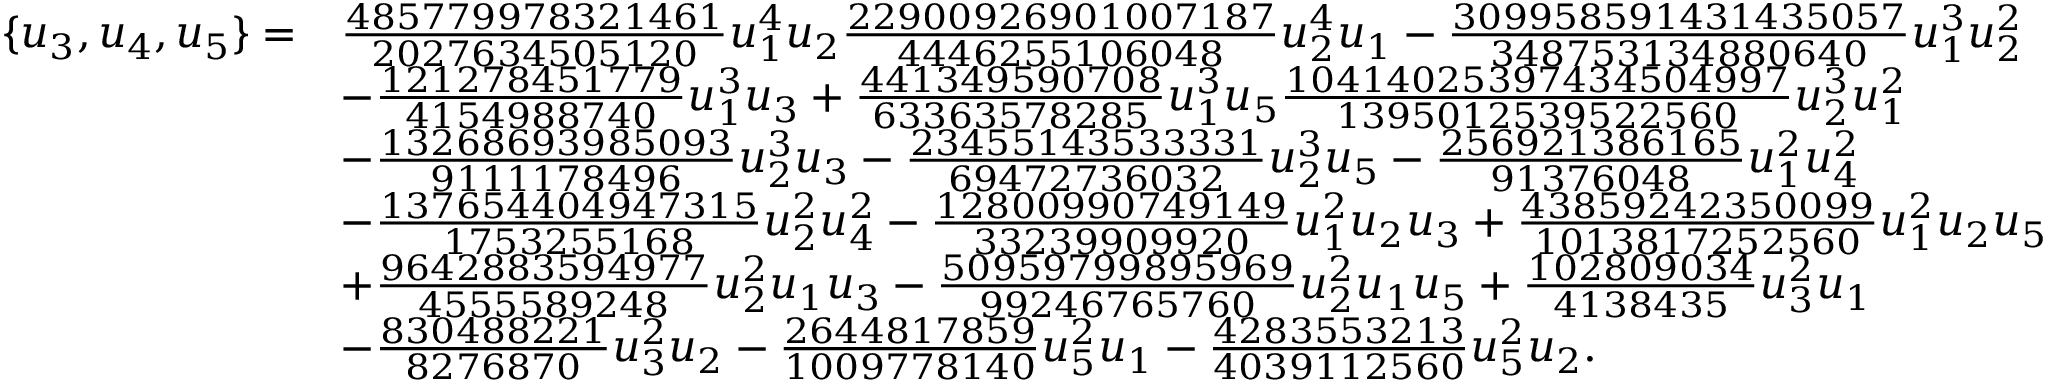
\begin{array} { r l } { \{ u _ { 3 } , u _ { 4 } , u _ { 5 } \} = } & { \frac { 4 8 5 7 7 9 9 7 8 3 2 1 4 6 1 } { 2 0 2 7 6 3 4 5 0 5 1 2 0 } u _ { 1 } ^ { 4 } u _ { 2 } \frac { 2 2 9 0 0 9 2 6 9 0 1 0 0 7 1 8 7 } { 4 4 4 6 2 5 5 1 0 6 0 4 8 } u _ { 2 } ^ { 4 } u _ { 1 } - \frac { 3 0 9 9 5 8 5 9 1 4 3 1 4 3 5 0 5 7 } { 3 4 8 7 5 3 1 3 4 8 8 0 6 4 0 } u _ { 1 } ^ { 3 } u _ { 2 } ^ { 2 } } \\ & { - \frac { 1 2 1 2 7 8 4 5 1 7 7 9 } { 4 1 5 4 9 8 8 7 4 0 } u _ { 1 } ^ { 3 } u _ { 3 } + \frac { 4 4 1 3 4 9 5 9 0 7 0 8 } { 6 3 3 6 3 5 7 8 2 8 5 } u _ { 1 } ^ { 3 } u _ { 5 } \frac { 1 0 4 1 4 0 2 5 3 9 7 4 3 4 5 0 4 9 9 7 } { 1 3 9 5 0 1 2 5 3 9 5 2 2 5 6 0 } u _ { 2 } ^ { 3 } u _ { 1 } ^ { 2 } } \\ & { - \frac { 1 3 2 6 8 6 9 3 9 8 5 0 9 3 } { 9 1 1 1 1 7 8 4 9 6 } u _ { 2 } ^ { 3 } u _ { 3 } - \frac { 2 3 4 5 5 1 4 3 5 3 3 3 3 1 } { 6 9 4 7 2 7 3 6 0 3 2 } u _ { 2 } ^ { 3 } u _ { 5 } - \frac { 2 5 6 9 2 1 3 8 6 1 6 5 } { 9 1 3 7 6 0 4 8 } u _ { 1 } ^ { 2 } u _ { 4 } ^ { 2 } } \\ & { - \frac { 1 3 7 6 5 4 4 0 4 9 4 7 3 1 5 } { 1 7 5 3 2 5 5 1 6 8 } u _ { 2 } ^ { 2 } u _ { 4 } ^ { 2 } - \frac { 1 2 8 0 0 9 9 0 7 4 9 1 4 9 } { 3 3 2 3 9 9 0 9 9 2 0 } u _ { 1 } ^ { 2 } u _ { 2 } u _ { 3 } + \frac { 4 3 8 5 9 2 4 2 3 5 0 0 9 9 } { 1 0 1 3 8 1 7 2 5 2 5 6 0 } u _ { 1 } ^ { 2 } u _ { 2 } u _ { 5 } } \\ & { + \frac { 9 6 4 2 8 8 3 5 9 4 9 7 7 } { 4 5 5 5 5 8 9 2 4 8 } u _ { 2 } ^ { 2 } u _ { 1 } u _ { 3 } - \frac { 5 0 9 5 9 7 9 9 8 9 5 9 6 9 } { 9 9 2 4 6 7 6 5 7 6 0 } u _ { 2 } ^ { 2 } u _ { 1 } u _ { 5 } + \frac { 1 0 2 8 0 9 0 3 4 } { 4 1 3 8 4 3 5 } u _ { 3 } ^ { 2 } u _ { 1 } } \\ & { - \frac { 8 3 0 4 8 8 2 2 1 } { 8 2 7 6 8 7 0 } u _ { 3 } ^ { 2 } u _ { 2 } - \frac { 2 6 4 4 8 1 7 8 5 9 } { 1 0 0 9 7 7 8 1 4 0 } u _ { 5 } ^ { 2 } u _ { 1 } - \frac { 4 2 8 3 5 5 3 2 1 3 } { 4 0 3 9 1 1 2 5 6 0 } u _ { 5 } ^ { 2 } u _ { 2 } . } \end{array}